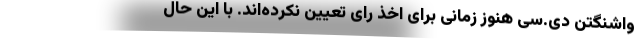
واشنگتن دی.سی هنوز زمانی برای اخذ رای تعیین نکرده‌اند. با این حال